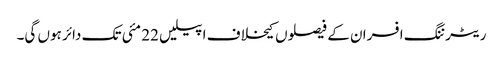
ریٹرننگ افسران کے فیصلوں کیخلاف اپیلیں 22 مئی تک دائر ہوں گی۔